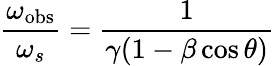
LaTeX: {\frac{\omega_{\mathrm{obs}}}{\omega_{s}}}={\frac{1}{\gamma(1-\beta\cos\theta)}}